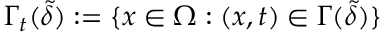
\Gamma _ { t } ( \tilde { \delta } ) : = \{ x \in \Omega : ( x , t ) \in \Gamma ( \tilde { \delta } ) \}